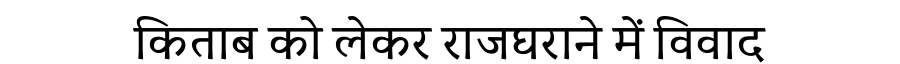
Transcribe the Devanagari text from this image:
किताब को लेकर राजघराने में विवाद